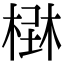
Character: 𣕑